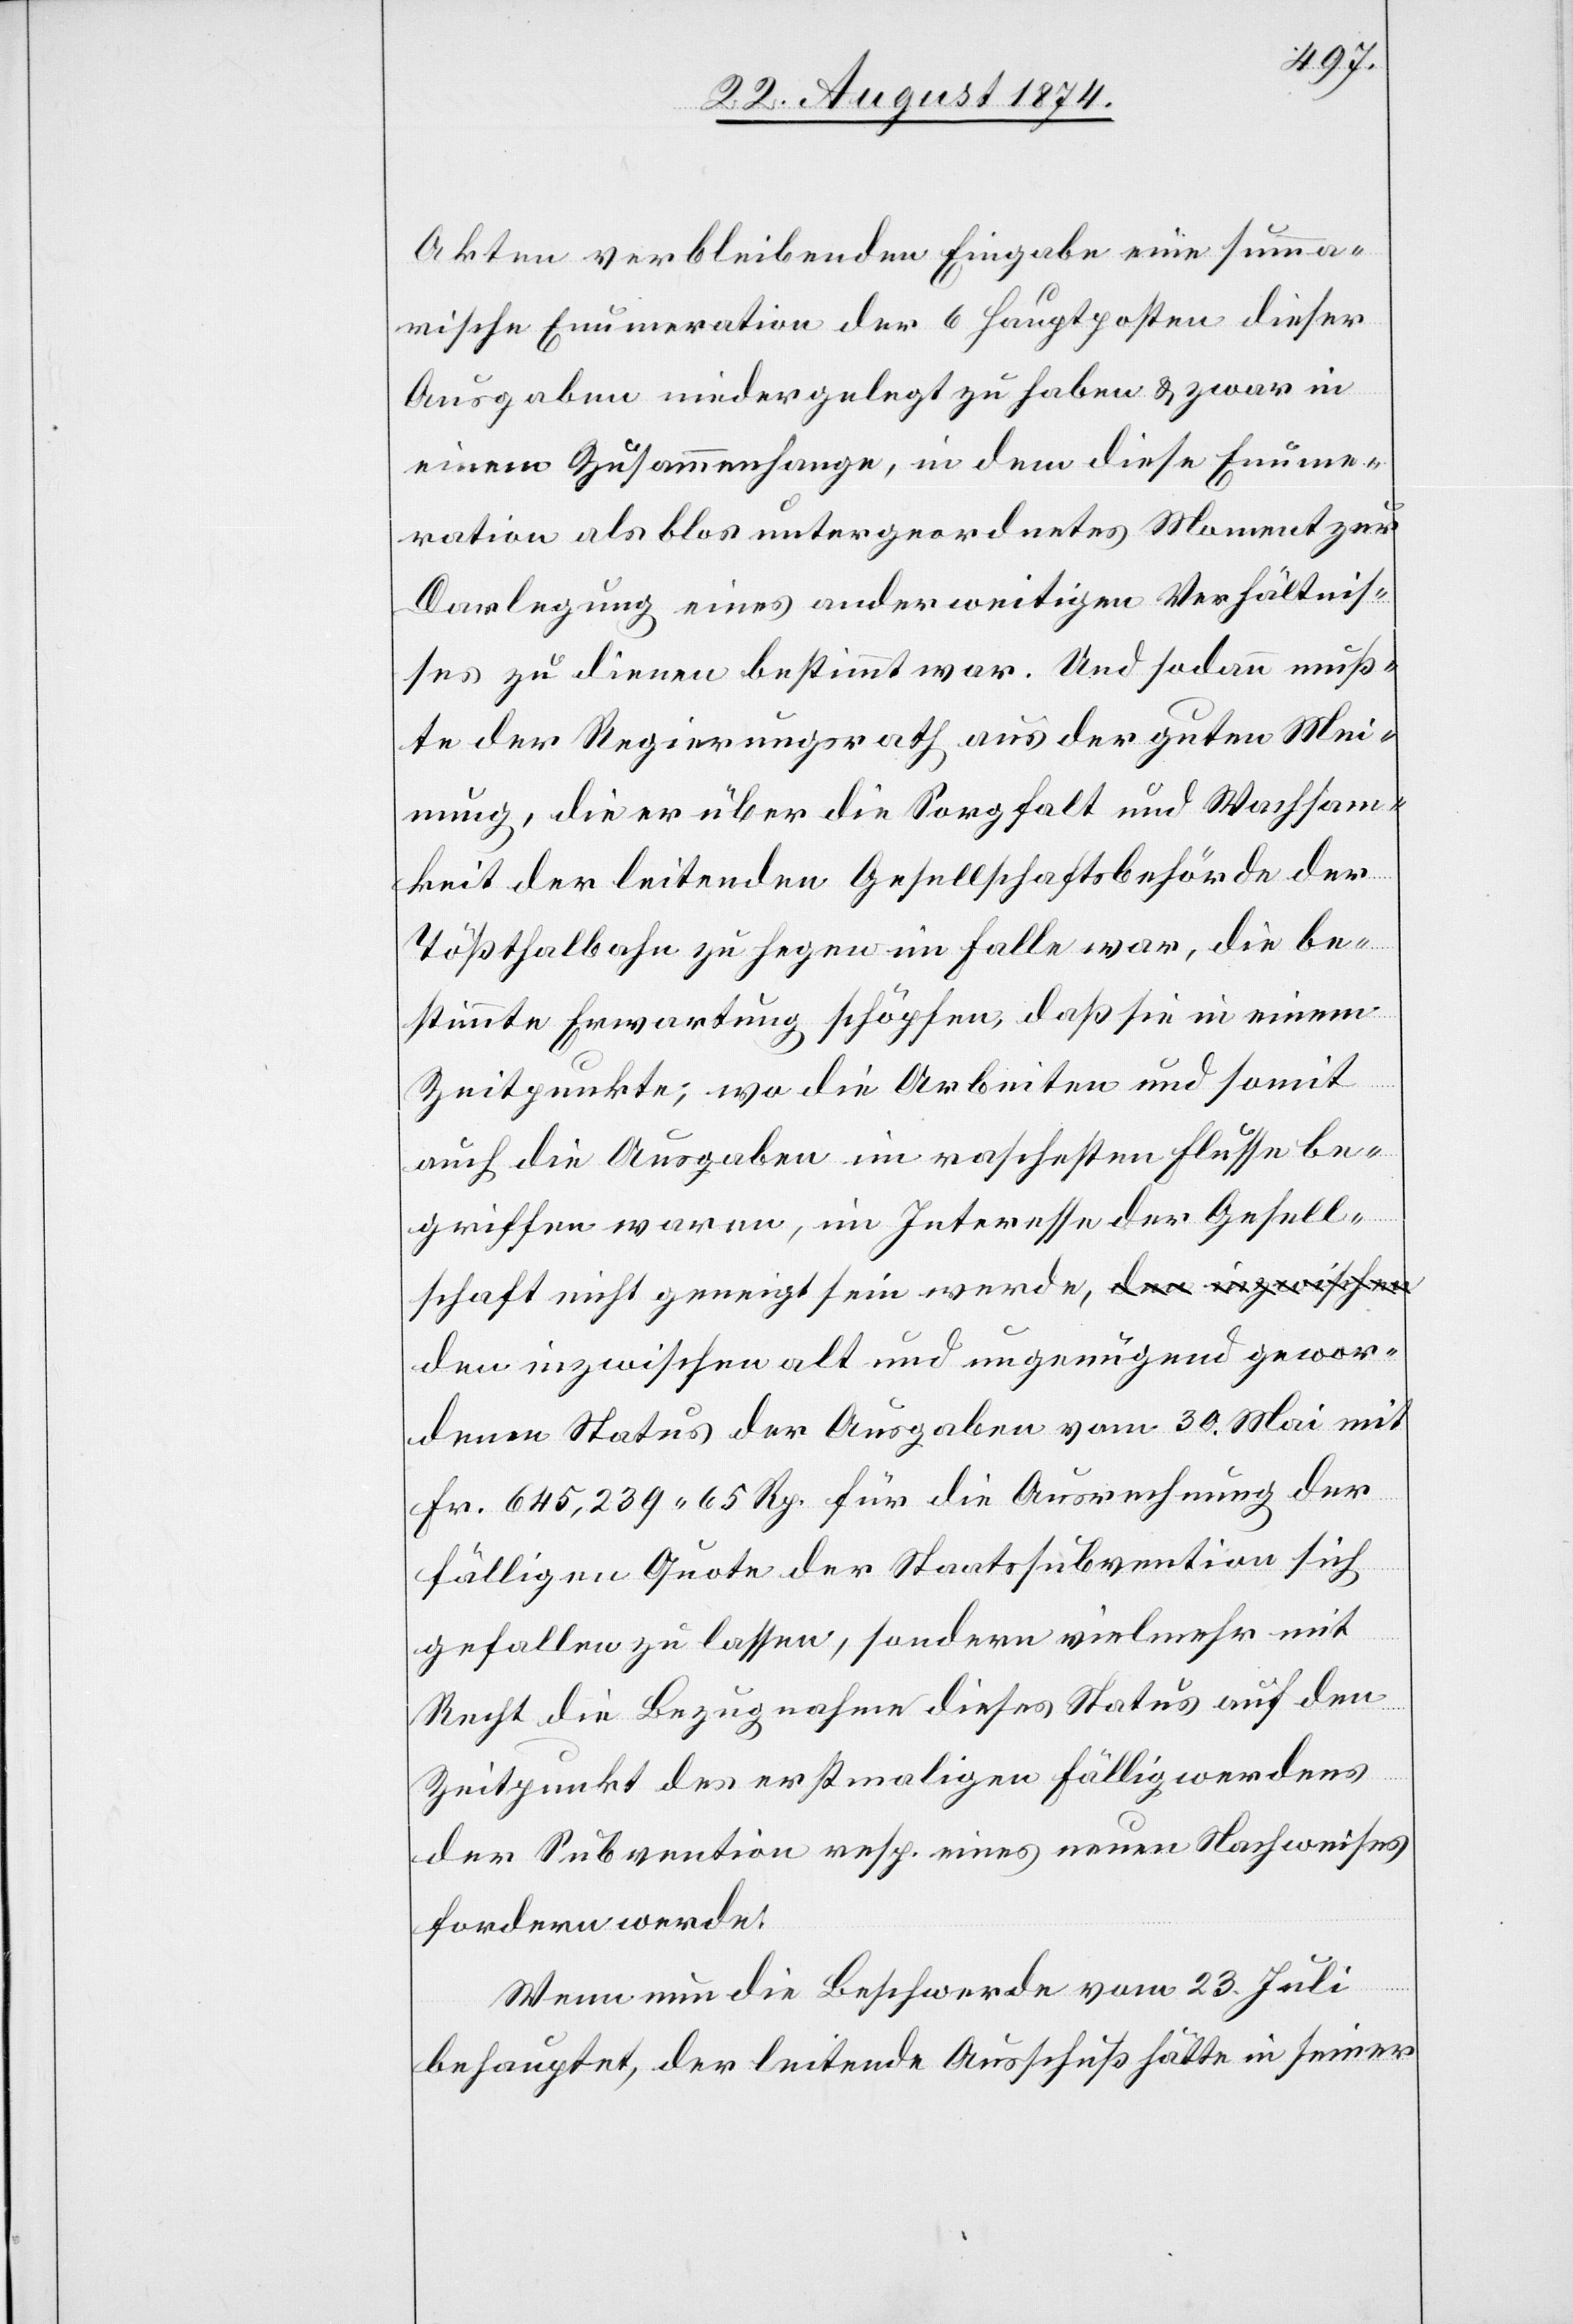
gewor¬
Akten verbleibenden Eingabe eine summa¬
rische Enumeration der 6 Hauptposten dieser
Ausgaben niedergelegt zu haben u. zwar in
einem Zusammenhange, in dem diese Enume¬
ration als blos untergeordnetes Moment zur
Darlegung eines anderweitigen Verhältnis¬
ses zu dienen bestimmt war. Und sodann muß¬
te der Regierungsrath aus der guten Mei¬
nung, die er über die Sorgfalt und Wachsam¬
keit der leitenden Gesellschaftsbehörde der
Tößthalbahn zu hegen im Falle war, die be¬
stimmte Erwartung schöpfen, daß sie in einem
Zeitpunkte, wo die Arbeiten und somit
auch die Ausgaben im raschesten Flusse be¬
griffen waren, im Interesse der Gesell¬
schaft nicht geneigt sein werde, den inzwischen
denen Status der Ausgaben vom 30. Mai mit
Fr. 645,239.65 Rp. für die Ausrechnung der
fälligen Quote der Staatssubvention sich
gefallen zu lassen, sondern vielmehr mit
Recht die Bezugnahme dieses Status auf den
Zeitpunkt des erstmaligen Fälligwerdens
der Subvention resp. eines neuen Nachweises
fordern werde.
Wenn die Beschwerde vom 23. Juli
behauptet, der leitende Ausschuß hätte in seiner